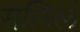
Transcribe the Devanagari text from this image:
सलिलं